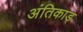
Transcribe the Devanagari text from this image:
अंतिकाड़